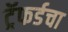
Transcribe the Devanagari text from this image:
ट्रॅफर्डचा